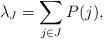
LaTeX: \begin{align*}\lambda_J = \sum_{j\in J}P(j),\end{align*}